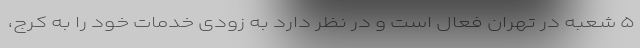
۵ شعبه در تهران فعال است و در نظر دارد به زودی خدمات خود را به کرج،